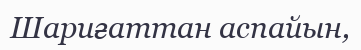
Шариғаттан аспайын,